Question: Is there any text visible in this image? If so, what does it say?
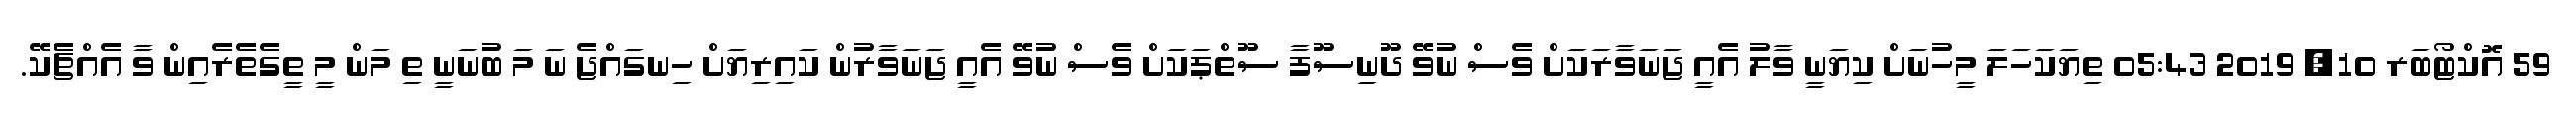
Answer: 59 އޮކްޓޯބަރ 10, 2019 05:43 ތިޔަކަހަލަ މީހުނަށް ކިޔަނީ ވާލު އެއީ ޖަނަވާރަކަށް ވެސް ނުވޭ ދޫނިސޫފާ ސޫތްޕަކަށް ވެސް ނުވޭ އެއީ ޖަނަވާރުން ކައިރިޔަށް ހިނގައްޖެ ނަ މަ ބުނަނީ ތި މަން މީ ތީގެތެރެއިން ވާ އެއްޗެކޭ.